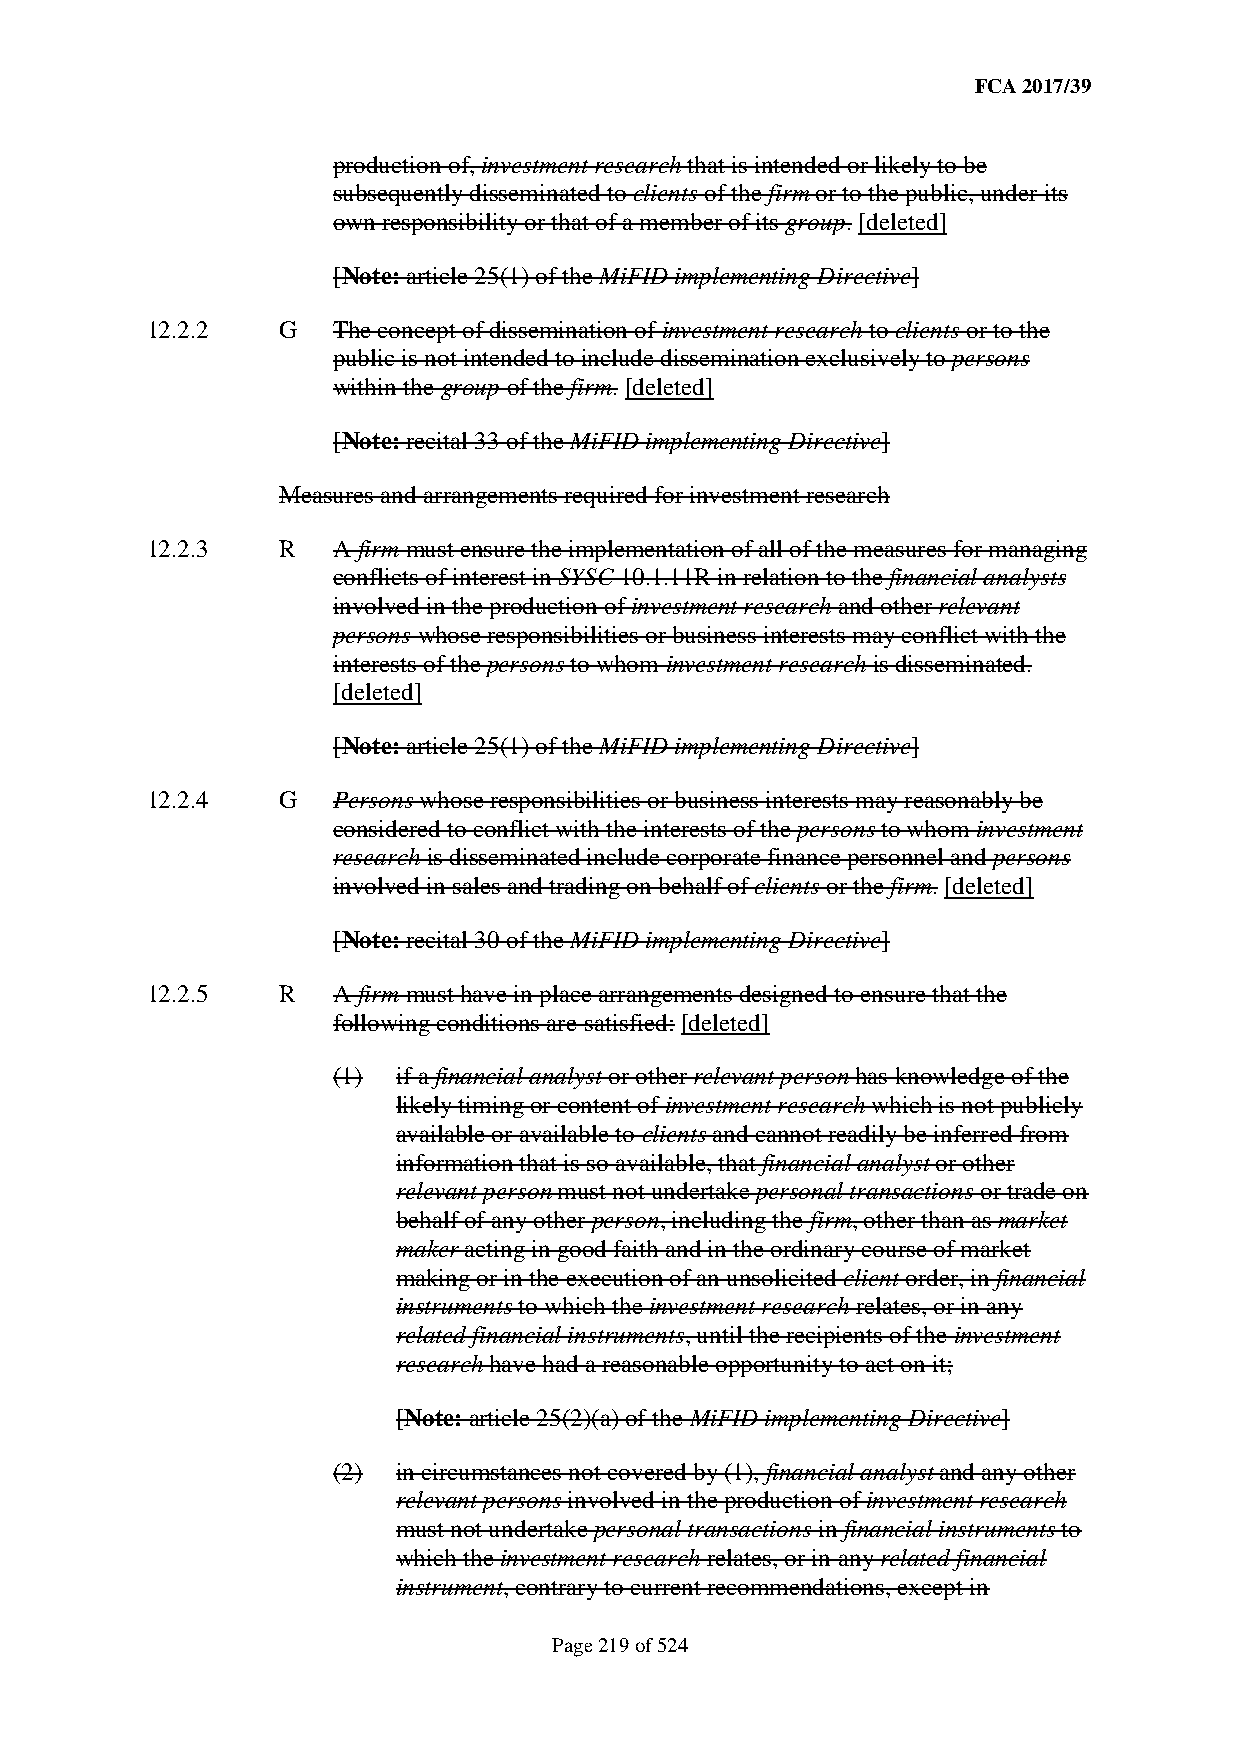
FCA 2017/39
 production of, investment research that is intended or likely to be
 subsequently disseminated to clients of the firm or to the public, under its
 own responsibility or that of a member of its group. [deleted]
 [Note: article 25(1) of the MiFID implementing Directive]
 12.2.2  G   The concept of dissemination of investment research to clients or to the
 public is not intended to include dissemination exclusively to persons
 within the group of the firm. [deleted]
 [Note: recital 33 of the MiFID implementing Directive]
 Measures and arrangements required for investment research
 12.2.3  R   A firm must ensure the implementation of all of the measures for managing
 conflicts of interest in SYSC 10.1.11R in relation to the financial analysts
 involved in the production of investment research and other relevant
 persons whose responsibilities or business interests may conflict with the
 interests of the persons to whom investment research is disseminated.
 [deleted]
 [Note: article 25(1) of the MiFID implementing Directive]
 12.2.4  G   Persons whose responsibilities or business interests may reasonably be
 considered to conflict with the interests of the persons to whom investment
 research is disseminated include corporate finance personnel and persons
 involved in sales and trading on behalf of clients or the firm. [deleted]
 [Note: recital 30 of the MiFID implementing Directive]
 12.2.5  R   A firm must have in place arrangements designed to ensure that the
 following conditions are satisfied: [deleted]
 (1) if a financial analyst or other relevant person has knowledge of the
 likely timing or content of investment research which is not publicly
 available or available to clients and cannot readily be inferred from
 information that is so available, that financial analyst or other
 relevant person must not undertake personal transactions or trade on
 behalf of any other person, including the firm, other than as market
 maker acting in good faith and in the ordinary course of market
 making or in the execution of an unsolicited client order, in financial
 instruments to which the investment research relates, or in any
 related financial instruments, until the recipients of the investment
 research have had a reasonable opportunity to act on it;
 [Note: article 25(2)(a) of the MiFID implementing Directive]
 (2) in circumstances not covered by (1), financial analyst and any other
 relevant persons involved in the production of investment research
 must not undertake personal transactions in financial instruments to
 which the investment research relates, or in any related financial
 instrument, contrary to current recommendations, except in
 Page 219 of 524